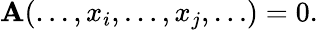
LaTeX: \mathbf{A}(\ldots,x_{i},\ldots,x_{j},\ldots)=0.